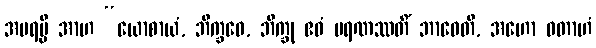
အပရမ္ပိ အာဟ “ယောစာယံ, ဘိက္ခဝေ, ဘိက္ခု ဧဝံ မရဏဿတိံ ဘာဝေတိ, အဟော ဝတာဟံ